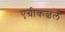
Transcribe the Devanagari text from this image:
एग्रीकल्चर्ल